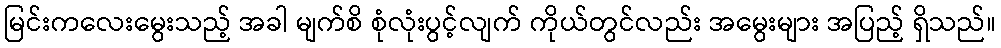
မြင်းကလေးမွေးသည့် အခါ မျက်စိ စုံလုံးပွင့်လျက် ကိုယ်တွင်လည်း အမွေးများ အပြည့် ရှိသည်။